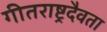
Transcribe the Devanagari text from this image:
गीतराष्ट्रदैवता